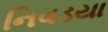
નિવડયા